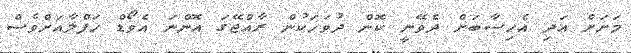
މަށަށް އަދި އެހިސާބަށް ދެވޭނީ ކޮން ދުވަހަކުން ރާއްޖޭގަ އޮންނަ އެވޯޑް ހަފްލާއަށްވެސް